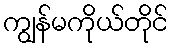
ကျွန်မကိုယ်တိုင်